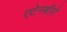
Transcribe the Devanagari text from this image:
एटेनबॉरो